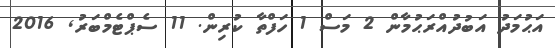
އަޙުމަދު އަބުދުއްރަޙުމާން 2 މަސް 1 ހަފްތާ ކުރިން. 11 ސެޕްޓެމްބަރު